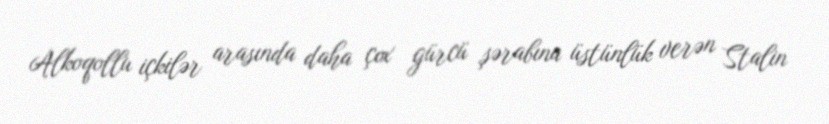
Alkoqollu içkilər arasında daha çox gürcü şərabına üstünlük verən Stalin